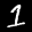
Label: 1